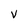
Character: v